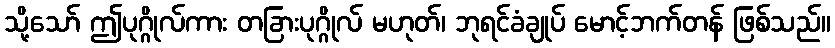
သို့သော် ဤပုဂ္ဂိုလ်ကား တခြားပုဂ္ဂိုလ် မဟုတ်၊ ဘုရင်ခံချုပ် မောင့်ဘက်တန် ဖြစ်သည်။